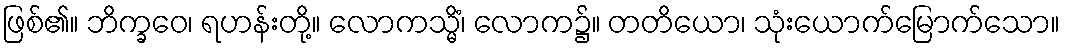
ဖြစ်၏။ ဘိက္ခဝေ၊ ရဟန်းတို့။ လောကသ္မိံ၊ လောက၌။ တတိယော၊ သုံးယောက်မြောက်သော။